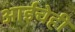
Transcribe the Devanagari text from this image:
आईचेही